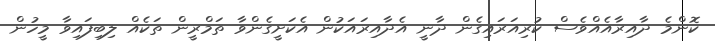
ކޮންމެ ދާއިރާއެއްވެސް ކުރިއަރައިގެން ދާނީ އެދާއިރައަކުން އެކަށީގެންވާ ތަމްރީން ތަކެއް ލިބިފައިވާ މީހުން